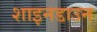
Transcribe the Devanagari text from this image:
शाइनडाउन